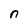
Character: n